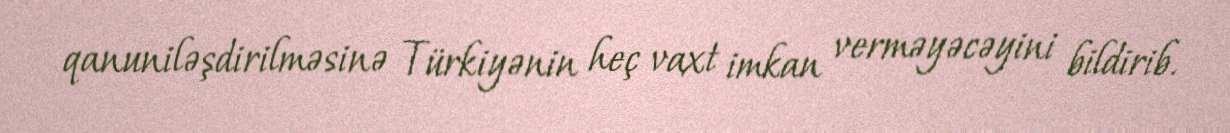
qanuniləşdirilməsinə Türkiyənin heç vaxt imkan verməyəcəyini bildirib.